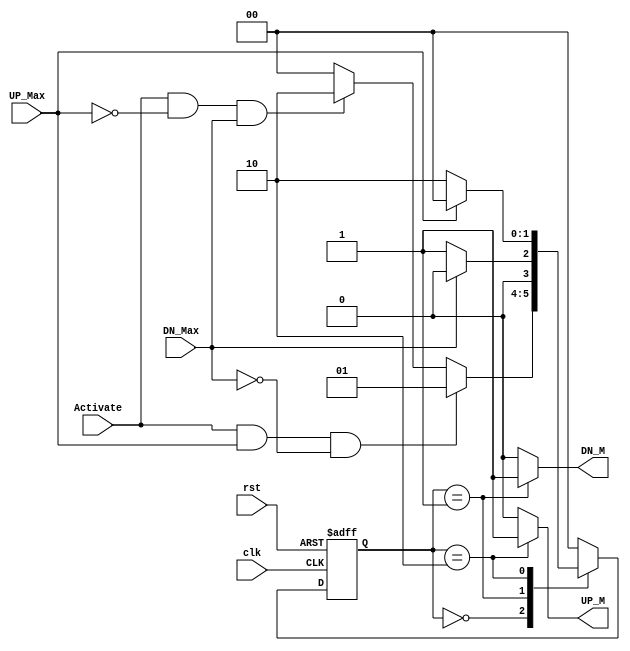
module Automatic_Garage_Door_Controller(
input UP_Max,DN_Max,Activate,
input clk,rst,
output reg UP_M,DN_M
);

reg [1:0] state_reg,state_next;
localparam IDLE=2'b00;
localparam Mv_Dn=2'b01;
localparam Mv_Up=2'b10;


always@(posedge clk or negedge rst)

begin

      if(!rst)
begin
      state_reg<=IDLE;
end
       else
begin
      state_reg<=state_next;
end

end

always@(*)
begin
       case(state_reg)
IDLE:
begin

       if (Activate && UP_Max && !DN_Max)
begin

       state_next=Mv_Dn;

end


       else if (Activate && !UP_Max && DN_Max )
begin

      state_next=Mv_Up;
end



       else

begin

      state_next=IDLE;

end


end


Mv_Dn:

begin

       if (DN_Max)
begin

      state_next=IDLE;

end

       else
begin

       state_next=Mv_Dn;
end

end

Mv_Up:

begin
         if(UP_Max)
begin
       state_next=IDLE;
end
           else
begin
      state_next=Mv_Up;
end

end

        default:state_next=IDLE;
endcase

end

always@(*)
begin
        case(state_reg)
IDLE:

begin
   
UP_M=1'b0;
DN_M=1'b0;

end

Mv_Dn:

begin

UP_M=1'b0;
DN_M=1'b1;

end

Mv_Up:

begin

UP_M=1'b1;
DN_M=1'b0;


end

default:

begin

UP_M  = 1'b0 ;
DN_M  = 1'b0 ;

end

endcase

end




endmodule